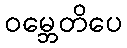
ဝမ္ဘေတိပေ